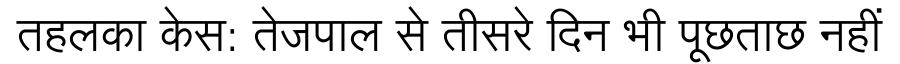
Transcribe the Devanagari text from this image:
तहलका केस: तेजपाल से तीसरे दिन भी पूछताछ नहीं